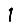
Digit: 1